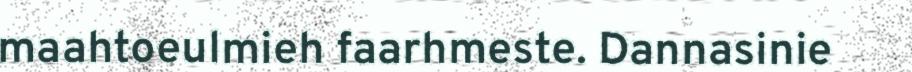
maahtoeulmieh faarhmeste. Dannasinie